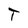
Character: T